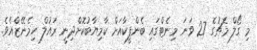
މި ގޯލް މެޗުގެ 27 ވަނަ މިނެޓްގައި ބެންފީކާއަށް ކާމިޔާބުކޮށްދިނީ ރައުލް ހިމެނޭޒްއެވެ.